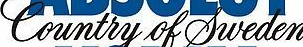
Country of Dweden